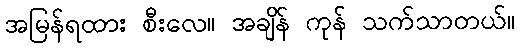
အမြန်ရထား စီးလေ။ အချိန် ကုန် သက်သာတယ်။